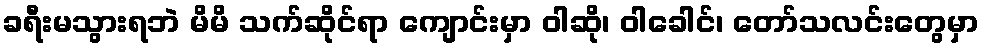
ခရီးမသွားရဘဲ မိမိ သက်ဆိုင်ရာ ကျောင်းမှာ ဝါဆို၊ ဝါခေါင်၊ တော်သလင်းတွေမှာ